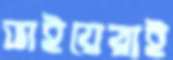
ভাইয়েরাই